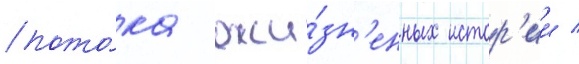
пото́ка жи́зн'енных истор'ии /